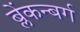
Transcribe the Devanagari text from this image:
ब्लेंकन्बर्ग